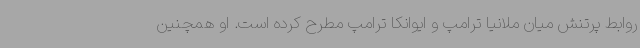
روابط پرتنش میان ملانیا ترامپ و ایوانکا ترامپ مطرح کرده است. او همچنین